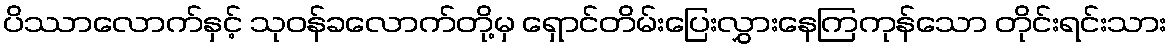
ပိဿာလောက်နှင့် သုဝန်ခလောက်တို့မှ ရှောင်တိမ်းပြေးလွှားနေကြကုန်သော တိုင်းရင်းသား